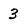
Character: 3